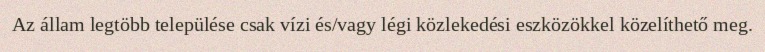
Az állam legtöbb települése csak vízi és/vagy légi közlekedési eszközökkel közelíthető meg.